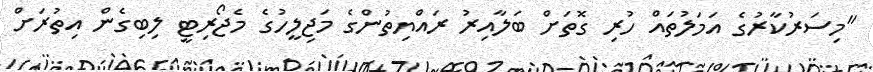
"މިސަރުކާރުގެ އަމަލުތައް ހުރި ގޮތަށް ބަލާއިރު ރައްޔިތުންގެ މަޖިލީހުގެ މެޖޯރިޓީ ލިބިގެން އިތުރަށް